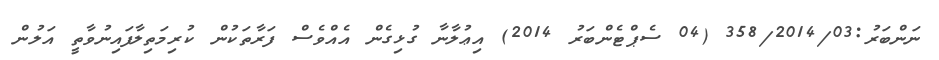
ނަންބަރު:358/2014/03 (04 ސެޕްޓެންބަރު 2014) އިޢުލާނާ ގުޅިގެން އެއްވެސް ފަރާތަކުން ކުރިމަތިލާފައިނުވާތީ އަލުން